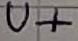
Text: U+